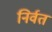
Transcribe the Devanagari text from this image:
निर्वत